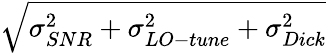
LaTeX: \sqrt{\sigma_{SNR}^{2}+\sigma_{LO-tune}^{2}+\sigma_{Dick}^{2}}